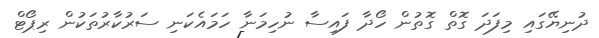
ދުނިޔޭގައި މިފަދަ ގޮތް ގޮތުން ހޯދާ ފައިސާ ނުހިމަނާ ހަމައެކަނި ސަރުކާރުތަކުން ރިޕޯޓް